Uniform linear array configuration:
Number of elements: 48
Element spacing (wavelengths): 0.25
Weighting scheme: exponential
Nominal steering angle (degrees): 15
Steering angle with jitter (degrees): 14.661
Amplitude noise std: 0.05
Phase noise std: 0.05

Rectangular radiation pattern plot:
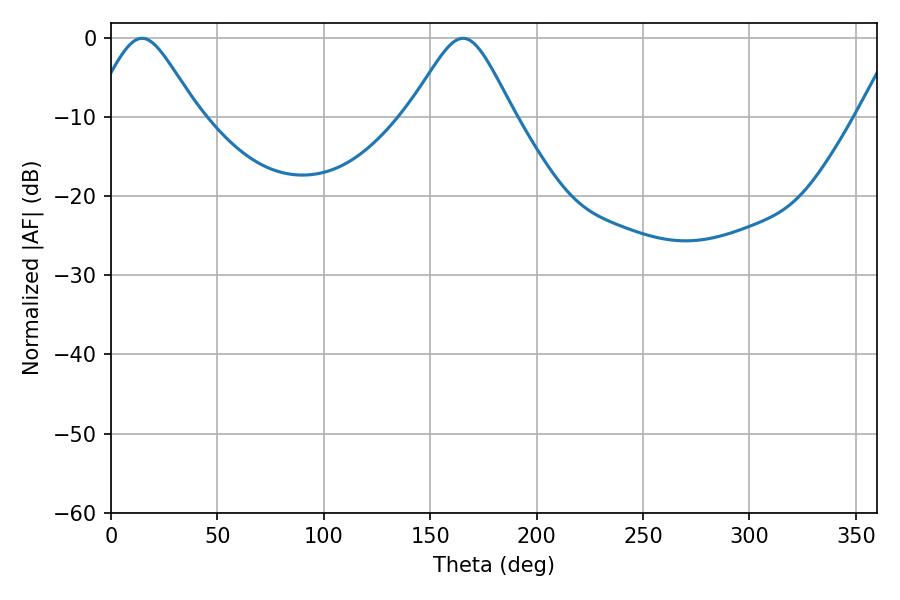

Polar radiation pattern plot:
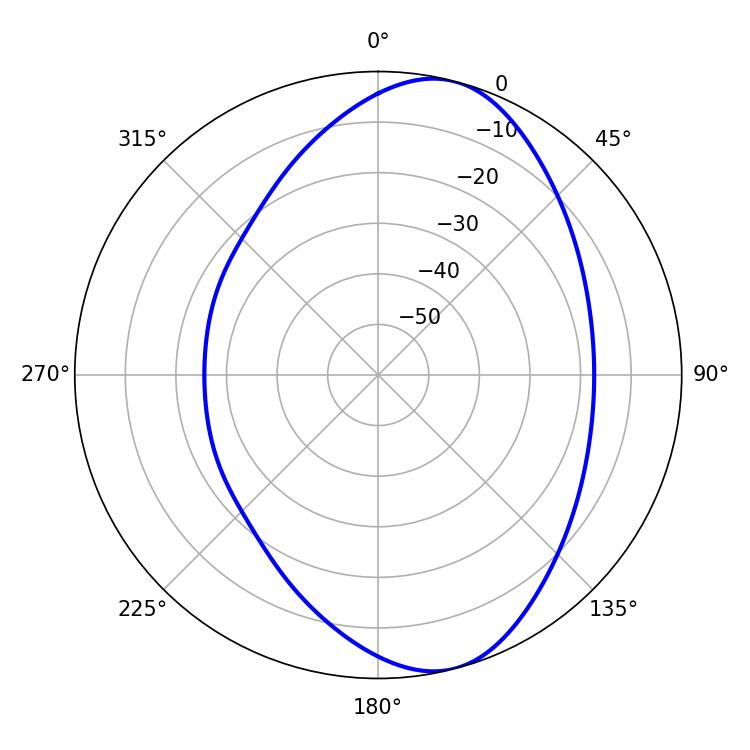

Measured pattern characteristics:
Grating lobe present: FALSE
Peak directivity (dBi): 8.457
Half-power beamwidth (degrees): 24.12
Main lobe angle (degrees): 14.58